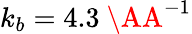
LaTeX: k_{b}=4.3~\AA^{-1}